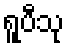
ရူပီသု